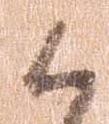
候